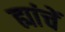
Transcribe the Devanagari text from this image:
ह्यांचें